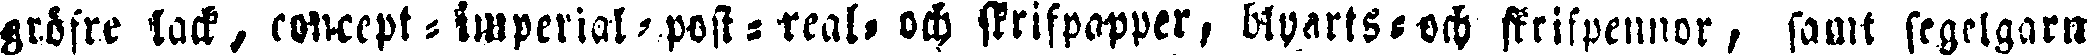
gidsre lack, concept-Imperial-post-real- och skrifpapper, blyarts- och skrifpennor, samt segelgarn